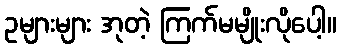
ဥများများ အုတဲ့ ကြက်မမျိုးလိုပေါ့။